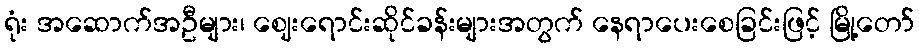
ရုံး အဆောက်အဦများ၊ ဈေးရောင်းဆိုင်ခန်းများအတွက် နေရာပေးစေခြင်းဖြင့် မြို့တော်